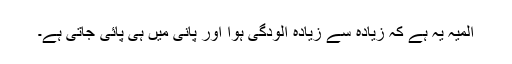
المیہ یہ ہے کہ زیادہ سے زیادہ آلودگی ہوا اور پانی میں ہی پائی جاتی ہے۔